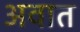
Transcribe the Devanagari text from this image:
अवात